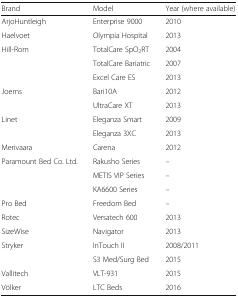
| Brand | Model | Year (where available) |
 | --- | --- | --- |
 | ArjoHuntleigh | Enterprise 9000 | 2010 |
 | Haelvoet | Olympia Hospital | 2013 |
 | Hill-Rom | TotalCare SpO2RT | 2004 |
 |  | TotalCare Bariatric | 2007 |
 |  | Excel Care ES | 2013 |
 | Joerns | Bari10A | 2012 |
 |  | UltraCare XT | 2013 |
 | Linet | Eleganza Smart | 2009 |
 |  | Eleganza 3XC | 2013 |
 | Merivaara | Carena | 2012 |
 | Paramount Bed Co. Ltd. | Rakusho Series | – |
 |  | METIS VIP Series | – |
 |  | KA6600 Series | – |
 | Pro Bed | Freedom Bed | – |
 | Rotec | Versatech 600 | 2013 |
 | SizeWise | Navigator | 2013 |
 | Stryker | InTouch II | 2008/2011 |
 |  | S3 Med/Surg Bed | 2015 |
 | Vallitech | VLT-931 | 2015 |
 | Völker | LTC Beds | 2016 |